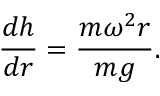
{ \frac { d h } { d r } } = { \frac { m \omega ^ { 2 } r } { m g } } .